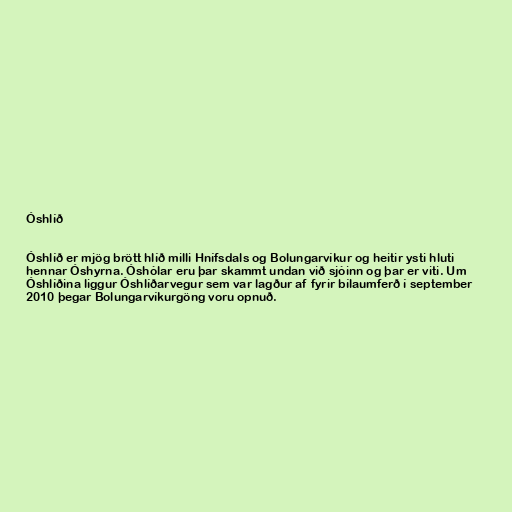
Óshlíð

Óshlíð er mjög brött hlíð milli Hnífsdals og Bolungarvíkur og heitir ysti hluti
hennar Óshyrna. Óshólar eru þar skammt undan við sjóinn og þar er viti. Um
Óshlíðina liggur Óshlíðarvegur sem var lagður af fyrir bílaumferð í september
2010 þegar Bolungarvíkurgöng voru opnuð.